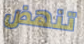
تنهض